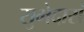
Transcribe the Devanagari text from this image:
सुभेदारां